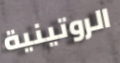
الروتينية